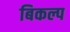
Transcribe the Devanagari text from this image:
बिकल्प